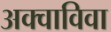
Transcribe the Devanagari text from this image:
अक्वाविवा